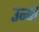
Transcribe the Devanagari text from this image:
उन्भें